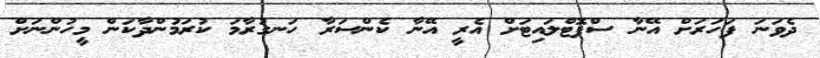
ދެވަނަ ފަހަރަށް އޭނާ ސްޕޮޓްލައިޓަށް އެރީ އޭނާ ކެންސަރާ ހަނގުރާމަ ކުރަމުންދާކަން މީހުންނަށް